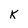
Character: K